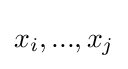
x_{i},...,x_{j}